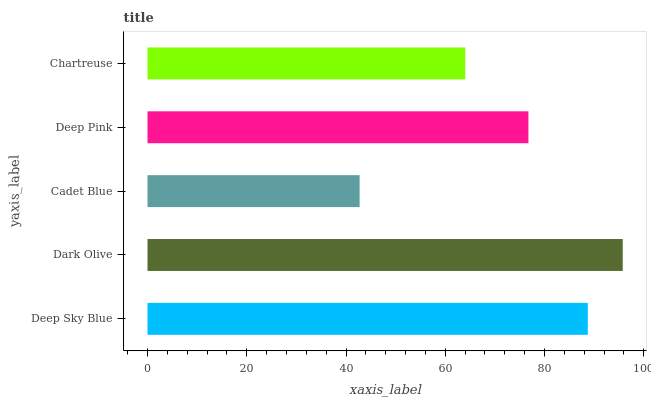
| yaxis_label | bars |
 | --- | --- |
 | Deep Sky Blue | 88.7 |
 | Dark Olive | 95.8 |
 | Cadet Blue | 42.7 |
 | Deep Pink | 76.8 |
 | Chartreuse | 64 |